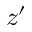
z ^ { \prime }